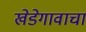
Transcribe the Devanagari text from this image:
खेडेगावाचा